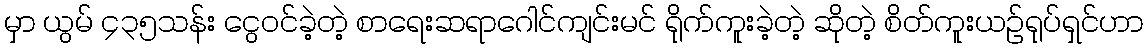
မှာ ယွမ် ၄၃၅သန်း ငွေဝင်ခဲ့တဲ့ စာရေးဆရာဂေါင်ကျင်းမင် ရိုက်ကူးခဲ့တဲ့ ဆိုတဲ့ စိတ်ကူးယဉ်ရုပ်ရှင်ဟာ